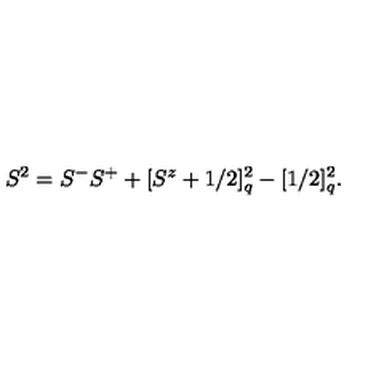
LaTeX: S ^ { 2 } = S ^ { - } S ^ { + } + [ S ^ { z } + 1 / 2 ] _ { q } ^ { 2 } - [ 1 / 2 ] _ { q } ^ { 2 } .